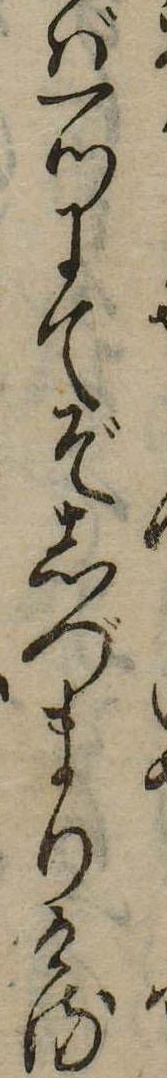
ば一つにてぞしづまりける